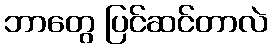
ဘာတွေ ပြင်ဆင်တာလဲ